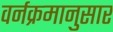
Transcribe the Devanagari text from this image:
वर्नक्रमानुसार